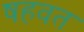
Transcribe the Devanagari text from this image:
षहवत